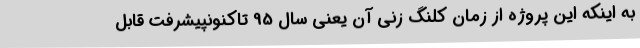
به اینکه این پروژه از زمان کلنگ زنی آن یعنی سال 95 تاکنونپیشرفت قابل